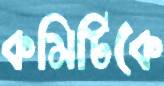
কমিটিকে